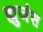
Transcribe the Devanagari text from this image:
ह्युजंस